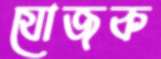
যোজক